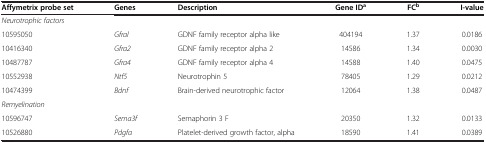
| Affymetrix probe set | Genes | Description | Gene IDa | FCb | I-value |
 | --- | --- | --- | --- | --- | --- |
 | <COLSPAN=6> Neurotrophic factors |
 | 10595050 | Gfral | GDNF family receptor alpha like | 404194 | 1.37 | 0.0186 |
 | 10416340 | Gfra2 | GDNF family receptor alpha 2 | 14586 | 1.34 | 0.0030 |
 | 10487787 | Gfra4 | GDNF family receptor alpha 4 | 14588 | 1.40 | 0.0475 |
 | 10552938 | Ntf5 | Neurotrophin 5 | 78405 | 1.29 | 0.0212 |
 | 10474399 | Bdnf | Brain-derived neurotrophic factor | 12064 | 1.38 | 0.0487 |
 | <COLSPAN=6> Remyelination |
 | 10596747 | Sema3f | Semaphorin 3 F | 20350 | 1.32 | 0.0133 |
 | 10526880 | Pdgfa | Platelet-derived growth factor, alpha | 18590 | 1.41 | 0.0389 |